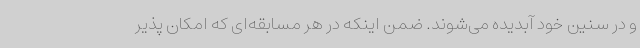
و در سنین خود آبدیده می‌شوند. ضمن اینکه در هر مسابقه‌ای که امکان پذیر